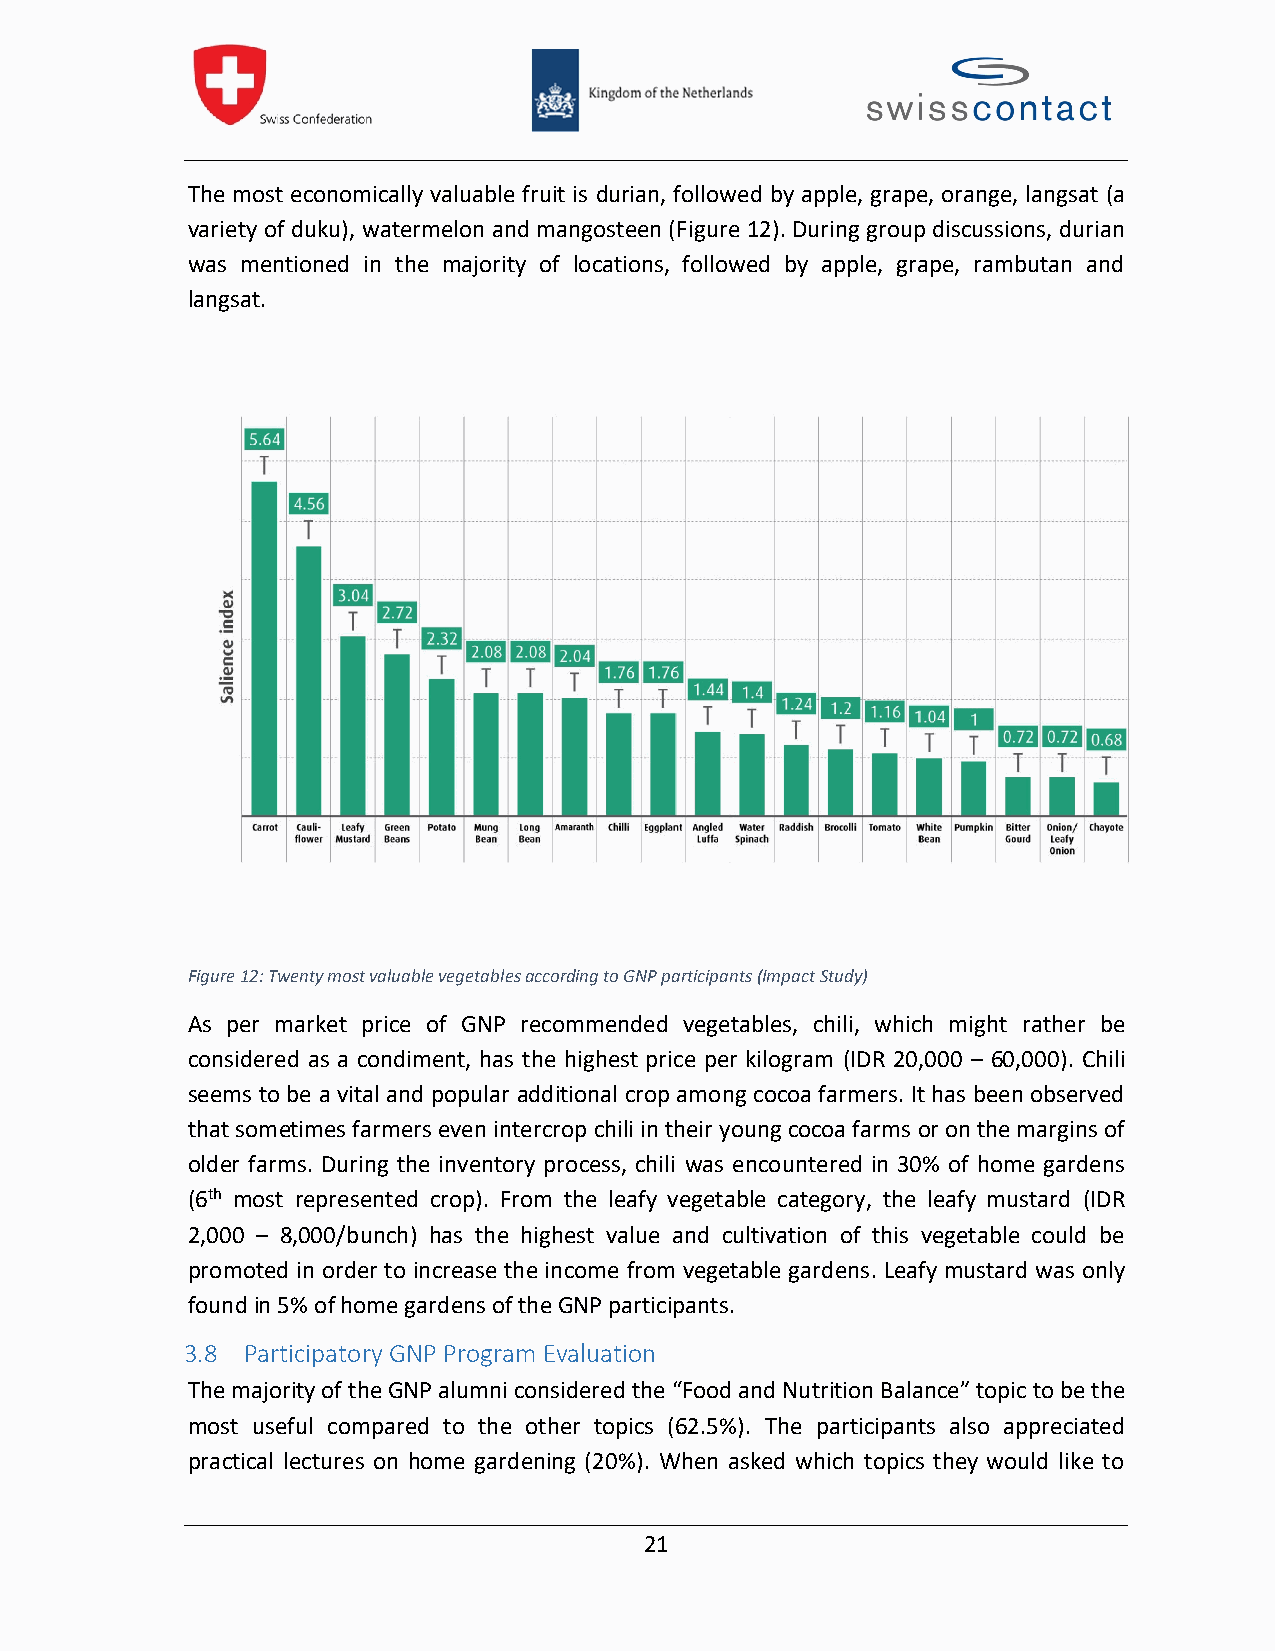
The most economically valuable fruit is durian, followed by apple, grape, orange, langsat (a
 variety of duku), watermelon and mangosteen (Figure 12). During group discussions, durian
 was mentioned in the majority of locations, followed by apple, grape, rambutan and
 langsat.
 Figure12:Twenty most valuable vegetablesaccording to GNP participants(Impact Study)
 As per market price of GNP recommended vegetables, chili, which might rather be
 considered as a condiment, has the highest price per kilogram (IDR 20,000 – 60,000). Chili
 seems to be a vital and popular additional crop among cocoa farmers. It has been observed
 that sometimes farmers even intercrop chiliintheir young cocoa farms or on the margins of
 older farms. During the inventory process, chili was encountered in 30% of home gardens
 (6th most represented crop). From the leafy vegetable category, the leafy mustard (IDR
 2,000 – 8,000/bunch) has the highest value and cultivation of this vegetable could be
 promoted in order to increase the income from vegetable gardens. Leafy mustard was only
 foundin 5% of home gardens ofthe GNP participants.
 3.8 Participatory GNP Program Evaluation
 The majority of the GNP alumni considered the“Food and Nutrition Balance” topicto bethe
 most useful compared to the other topics (62.5%). The participants also appreciated
 practical lectures on home gardening (20%). When asked which topics they would like to
 21